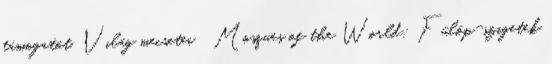
támogatót. Világ mecsetei Mosques of the World: Fülöp-szigetek